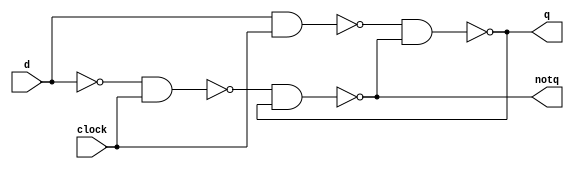
module dlatch_1(d,clock,q,notq);
    input d;
    input clock;
    output q,notq;

    wire aNA1,aNA2,notd;
    not notD(notd,d);

    nand n1(aNA1,d,clock);
    nand n2(aNA2,notd,clock);
    

    wire aNA3,aNA4;

    nand n3(aNA3,aNA1,aNA4);
    nand n4(aNA4,aNA2,aNA3);
    
    assign q = aNA3;
    assign notq = aNA4;

endmodule